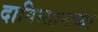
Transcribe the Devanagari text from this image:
दागिस्तानच्या